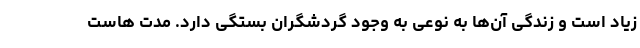
زیاد است و زندگی آن‌ها به نوعی به وجود گردشگران بستگی دارد. مدت هاست